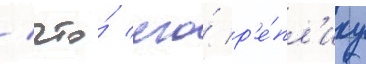
/ что́ его́ р'е́пл'ику